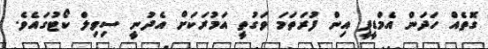
ގޮތެއް ހަދަން އެމްޑީޕީ އިން ފުރަތަމަ ވަގުތީ އަމުރަކަށް އެދުނީ ސިވިލް ކޯޓުގައެވެ.